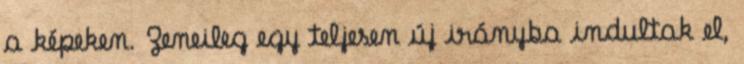
a képeken. Zeneileg egy teljesen új irányba indultak el,